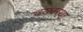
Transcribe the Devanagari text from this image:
वय्व्वस्था